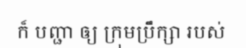
ក៏ បញ្ជា ឲ្យ ក្រុមប្រឹក្សា របស់